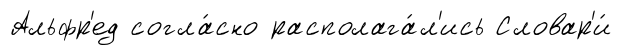
Альфр'ед согла́сно располага́л'ись Словар'и́